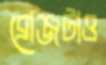
ব্রোঞ্জটাও